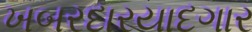
ખબરદારયાદગાર